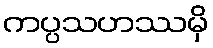
ကပ္ပသဟဿမှိ